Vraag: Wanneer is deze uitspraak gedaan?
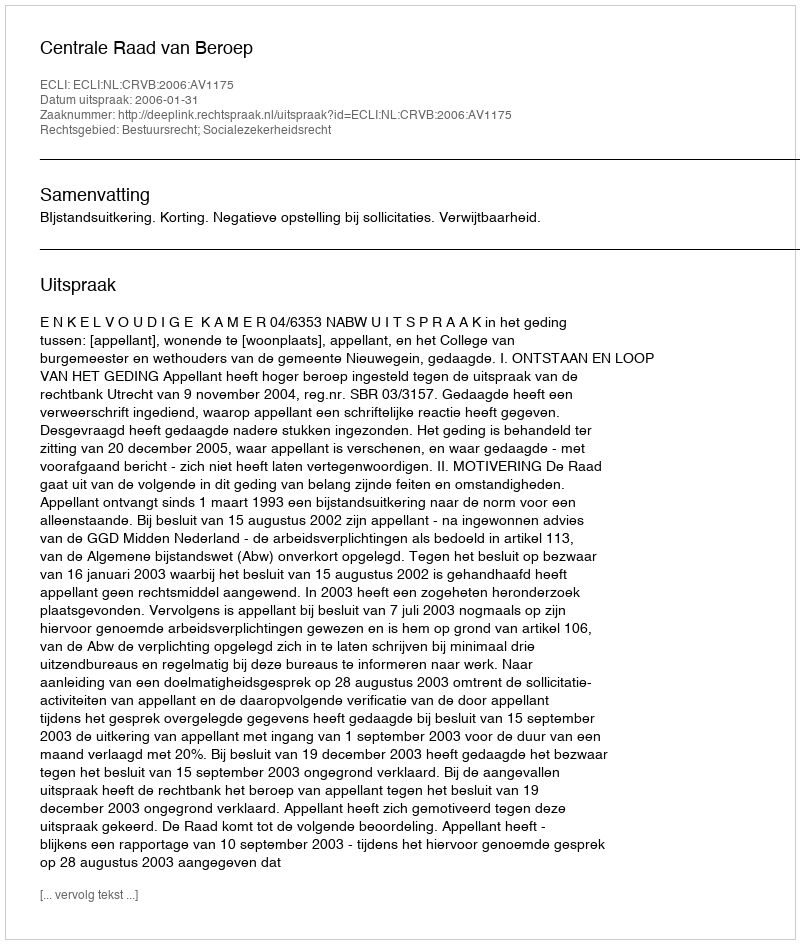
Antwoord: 2006-01-31